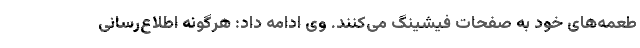
طعمه‌های خود به صفحات فیشینگ می‌کنند. وی ادامه داد: هرگونه اطلاع‌رسانی